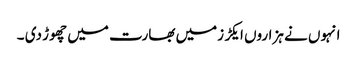
انہوں نے ہزاروں ایکڑ زمیں بھارت میں چھوڑ دی ۔